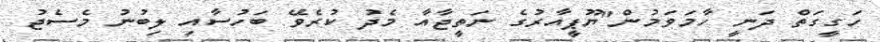
ހަގީގަތް ދަނީ ހާމަވަމުން"ޔޫޕީއާރުގެ ނަތީޖާއާ މެދު ކުރެވޭ ބަހުސާއި ލިބުނު މެސެޖު